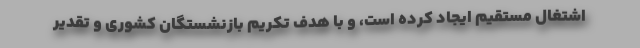
اشتغال مستقیم ایجاد کرده است، و با هدف تکریم بازنشستگان کشوری و تقدیر